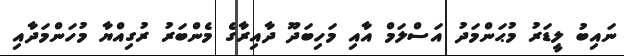
ނައިބު ލީޑަރު މުޙަންމަދު އަސްލަމް އާއި މަހިބަދޫ ދާއިރާގެ މެންބަރު ރުގިއްޔާ މުހަންމަދާއި